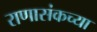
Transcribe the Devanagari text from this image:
राणासंकच्या